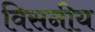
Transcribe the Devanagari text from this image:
विसनीय